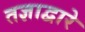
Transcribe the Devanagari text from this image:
तज्ञाद्वारे